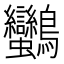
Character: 𪈿